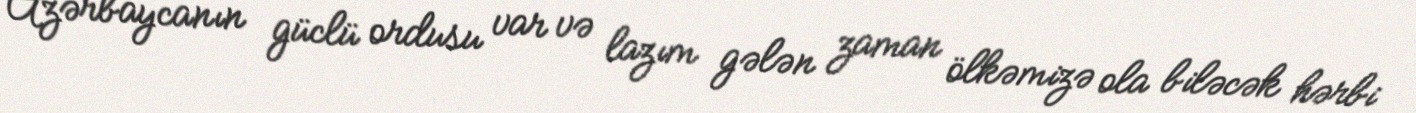
Azərbaycanın güclü ordusu var və lazım gələn zaman ölkəmizə ola biləcək hərbi